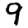
Digit: 9